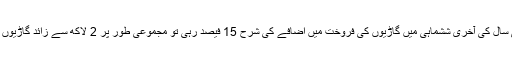
ماہرین کے مطابق رواں مالی سال کی آخری ششماہی میں گاڑیوں کی فروخت میں اضافے کی شرح 15 فیصد رہی تو مجموعی طور پر 2 لاکھ سے زائد گاڑیوں کی فروخت کے امکانات ہیں۔